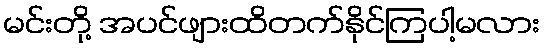
မင်းတို့ အပင်ဖျားထိတက်နိုင်ကြပါ့မလား